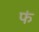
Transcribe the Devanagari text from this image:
फं